system: You are a helpful assistant.
user:
Analyze the provided spectrum to determine if it is a **Carbon Star (C-type)**.

- **Key Visual Indicators of Carbon Star:**
    - **(Primary):** Strong molecular absorption from **C₂ (diatomic carbon) "Swan Bands."** This is the **defining feature** of a carbon star.
        - **(Key Bandheads):** Sharp absorption edges are visible at approximately $5635$ Å, $5165$ Å (the strongest band), and $4737$ Å.
        - **(Line Profile):** Creates a distinct **"saw-tooth"** pattern. The key morphology is a sharp, steep bandhead on the **red (long-wavelength) side**, which then gradually tapers off (i.e., flux recovers) towards the **blue (short-wavelength) side**. *(This is the direct opposite of the TiO bands seen in M-type stars)*.

    - **(Secondary):** Intense **CN (cyanogen)** molecular absorption bands.
        - **(Key Bandheads):** Located in the blue and violet regions of the spectrum (e.g., near $4215$ Å and $3883$ Å).
        - **(Morphology):** These bands are extremely broad and act as a "blanket," absorbing the vast majority of blue and violet light. This creates a characteristic **"cliff"** or **"steep drop-off"** in the spectrum's flux at short wavelengths.

    - **(Key Confirmation):** Strong **CH absorption band (G-band)**.
        - **(Key Bandhead):** Located around $4300$ Å. The contribution from CH molecules to this band is exceptionally strong.

    - **(Overall Spectrum):**
        - The continuum is severely "chopped up" by these deep molecular bands, especially C₂, rather than appearing as a smooth curve.
        - Due to the heavy CN and C₂ absorption in the blue-green, the vast majority of the star's flux is concentrated in the red part of the spectrum, giving the star its characteristic deep red color.

Think first, call **spectral_visualization_tool** if needed to examine features in detail, then provide your final answer. Your response must adhere to the following strict rules:
1.  **Overall Structure:** Your response must follow the format `<think>...</think> <tool_call>...</tool_call> (if a tool is used) <answer>...</answer>`.
2.  **Tool Usage Constraint:** You may only make **one** tool call per turn.
3.  **Final Answer Format:** In the `<answer>` tag, your conclusion must be inside a `\boxed{}` command (e.g., `\boxed{YES}`), followed by your justification.

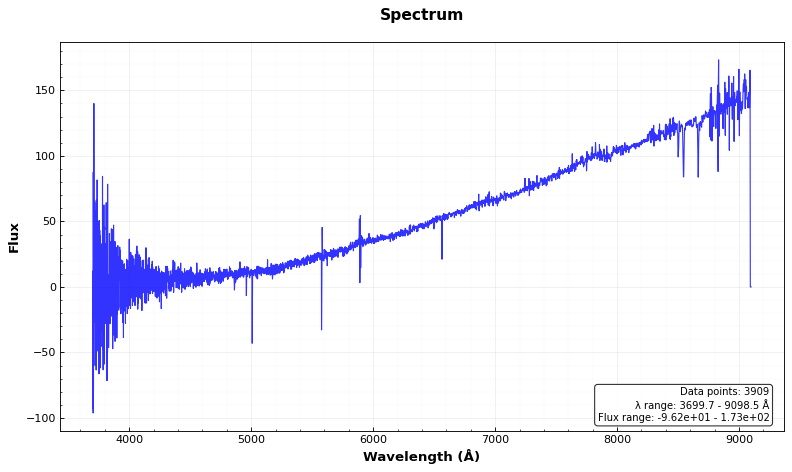
Answer: NO